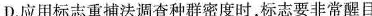
D.应用标志重捕法调查种群密度时，标志要非常醒目